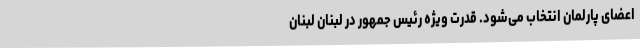
اعضای پارلمان انتخاب می‌شود. قدرت ویژه رئیس جمهور در لبنان لبنان